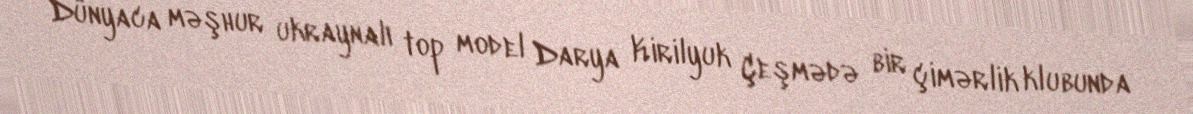
Dünyaca məşhur ukraynalı top model Darya Kirilyuk Çeşmədə bir çimərlik klubunda